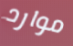
موارد